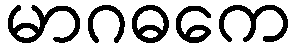
မာဂဓကေ